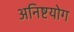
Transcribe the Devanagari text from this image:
अनिष्टयोग